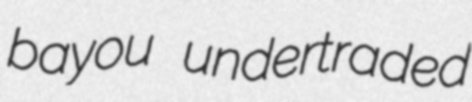
bayou undertraded